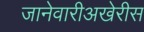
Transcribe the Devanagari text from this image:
जानेवारीअखेरीस